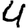
Digit: 4